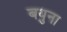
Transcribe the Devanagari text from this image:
बयुना